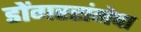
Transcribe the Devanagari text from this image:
डोंगररांगेचा